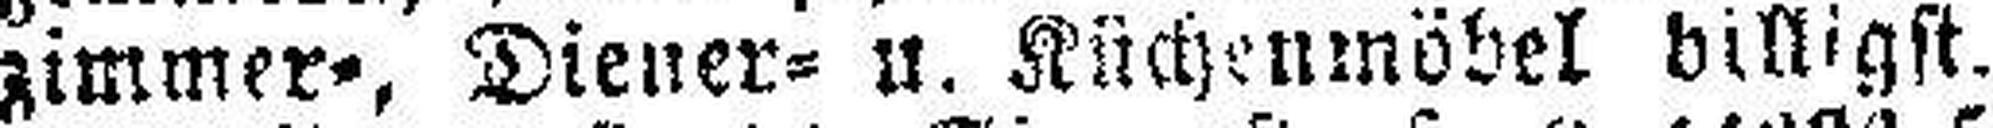
zimmer=, Diener= u. Küchenmöbel billigst.